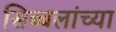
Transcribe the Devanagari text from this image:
सिब्बलांच्या